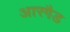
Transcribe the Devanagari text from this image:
आरगैड